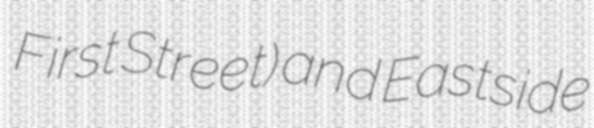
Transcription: First Street) and Eastside